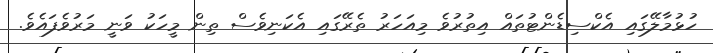
ހުޅުމާލޭގައި އެކްސިޑެންޓުތައް އިތުރުވެ މިއަހަރު ތެރޭގައި އެކަނިވެސް ތިން މީހަކު ވަނީ މަރުވެފައެވެ.